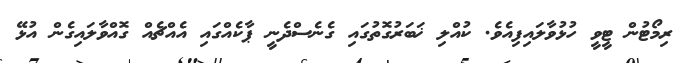
ރިމޯޓުން ޓީވީ ހުޅުވާލައިފިއެވެ. ކުއްލި ޚަބަރުގޮތުގައި ގެނެސްދެނީ ޕާކެއްގައި އެއްޗެއް ގޮއްވާލައިގެން އުޅޭ